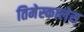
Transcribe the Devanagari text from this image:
तिमेस्कालेस